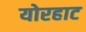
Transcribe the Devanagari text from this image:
योरहाट